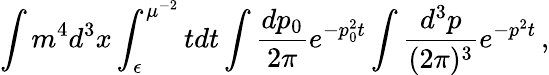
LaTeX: \int m^{4}d^{3}x\int_{\epsilon}^{\mu^{-2}}tdt\int\frac{dp_{0}}{2\pi}e^{-p_{0}^{2}t}\int\frac{d^{3}p}{(2\pi)^{3}}e^{-p^{2}t}\, ,